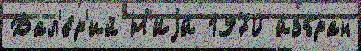
Вал'е́р'ий Н'Иjи́ 1970 и́збран